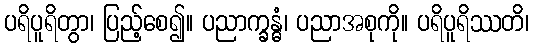
ပရိပူရိတွာ၊ ပြည့်စေ၍။ ပညာက္ခန္ဓံ၊ ပညာအစုကို။ ပရိပူရိဿတိ၊